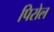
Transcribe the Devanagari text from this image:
पिरोल